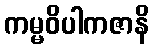
ကမ္မဝိပါကဇာနိ